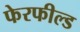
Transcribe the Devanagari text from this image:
फेरफील्ड